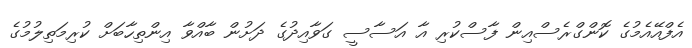
އެފްއޭއެމުގެ ކޮންގްރެސްއިން ފާސްކުރި އާ އަސާސީ ގަވާއިދުގެ ދަށުން ބާއްވާ އިންތިހާބަށް ކުރިމަތިލުމުގެ